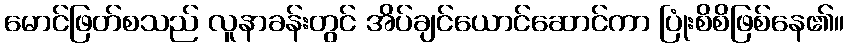
မောင်ဖြတ်စသည် လူနာခန်းတွင် အိပ်ချင်ယောင်ဆောင်ကာ ပြုံးစိစိဖြစ်နေ၏။